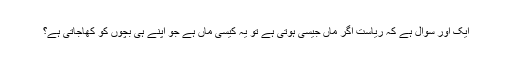
ایک اور سوال ہے کہ ریاست اگر ماں جیسی ہوتی ہے تو یہ کیسی ماں ہے جو اپنے ہی بچوں کو کھاجاتی ہے؟